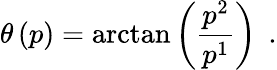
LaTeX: \theta\left(p\right)=\arctan\left(\frac{p^{2}}{p^{1}}\right)\; \, .